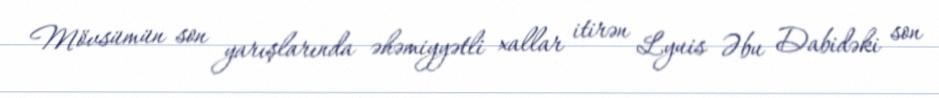
Mövsümün son yarışlarında əhəmiyyətli xallar itirən Lyuis Əbu Dabidəki son